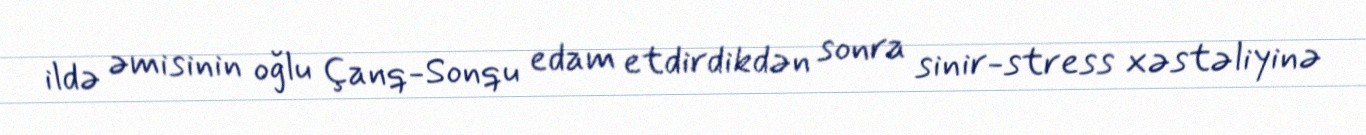
ildə əmisinin oğlu Çanq-Sonqu edam etdirdikdən sonra sinir-stress xəstəliyinə